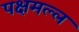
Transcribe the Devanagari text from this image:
पक्षमल्ल